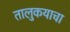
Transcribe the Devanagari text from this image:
तालुकयाचा